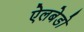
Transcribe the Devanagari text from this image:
ऐलबेडो